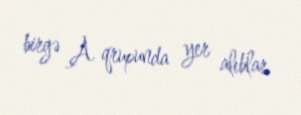
birgə A qrupunda yer alıblar.